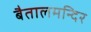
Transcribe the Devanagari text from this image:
बैतालमन्दिर